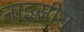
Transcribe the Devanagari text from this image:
नाइसीन